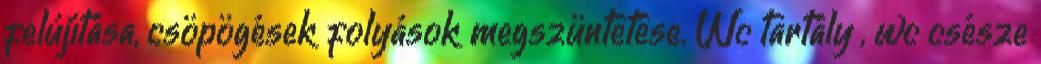
felújítása, csöpögések folyások megszüntetése. Wc tartály , wc csésze